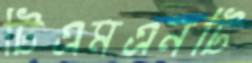
টিএমএনটি